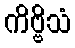
ကိဗ္ဗိသံ